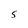
Character: S